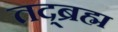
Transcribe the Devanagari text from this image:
तद्ब्रह्म